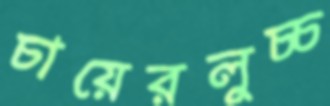
চায়েরলুচ্চ